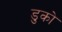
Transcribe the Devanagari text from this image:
डुको